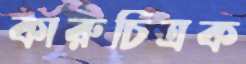
কারুচিত্রক